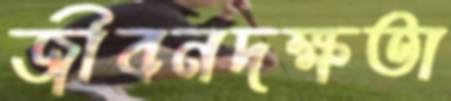
জীবনদক্ষতা